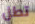
تطل